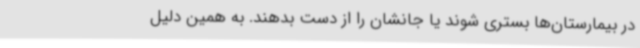
در بیمارستان‌ها بستری شوند یا جانشان را از دست بدهند. به همین دلیل